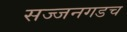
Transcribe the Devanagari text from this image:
सज्जनगडच